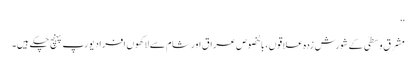
‘‘
مشرق وسطیٰ کے شورش زدہ علاقوں، بالخصوص عراق اور شام سے لاکھوں افراد یورپ پہنچ چکے ہیں۔